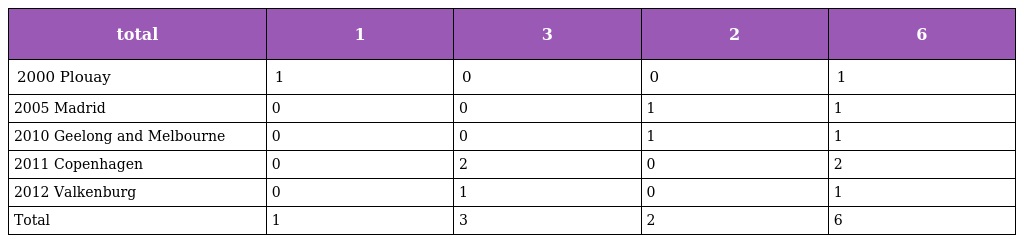
| total | 1 | 3 | 2 | 6 |
 | --- | --- | --- | --- | --- |
 | 2000 Plouay | 1 | 0 | 0 | 1 |
 | 2005 Madrid | 0 | 0 | 1 | 1 |
 | 2010 Geelong and Melbourne | 0 | 0 | 1 | 1 |
 | 2011 Copenhagen | 0 | 2 | 0 | 2 |
 | 2012 Valkenburg | 0 | 1 | 0 | 1 |
 | Total | 1 | 3 | 2 | 6 |